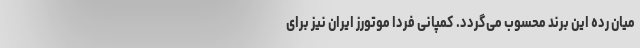
میان رده این برند محسوب می‌گردد. کمپانی فردا موتورز ایران نیز برای